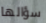
سؤالها